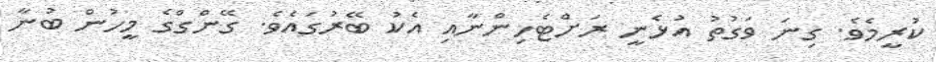
ކުރީމެވެ. ގިނަ ވަގުތު އުޅެނީ ރަށްޓެހިންނާއި އެކު ބޭރުގައެވެ. ގޭންގްގެ މީހުން ބުނާ